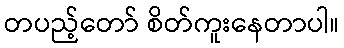
တပည့်တော် စိတ်ကူးနေတာပါ။